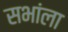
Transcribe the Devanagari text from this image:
सभांला